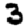
Digit: 3